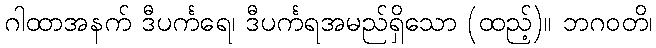
ဂါထာအနက် ဒီပင်္ကရေ၊ ဒီပင်္ကရအမည်ရှိသော (ထည့်)။ ဘဂဝတိ၊